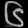
Digit: ၆